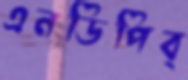
এনডিপিব্